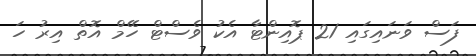
ފަސް ވަނައިގައި 21 ޕޮއިންޓާ އެކު ވެސްޓް ހޭމް އޮތް އިރު ހަ